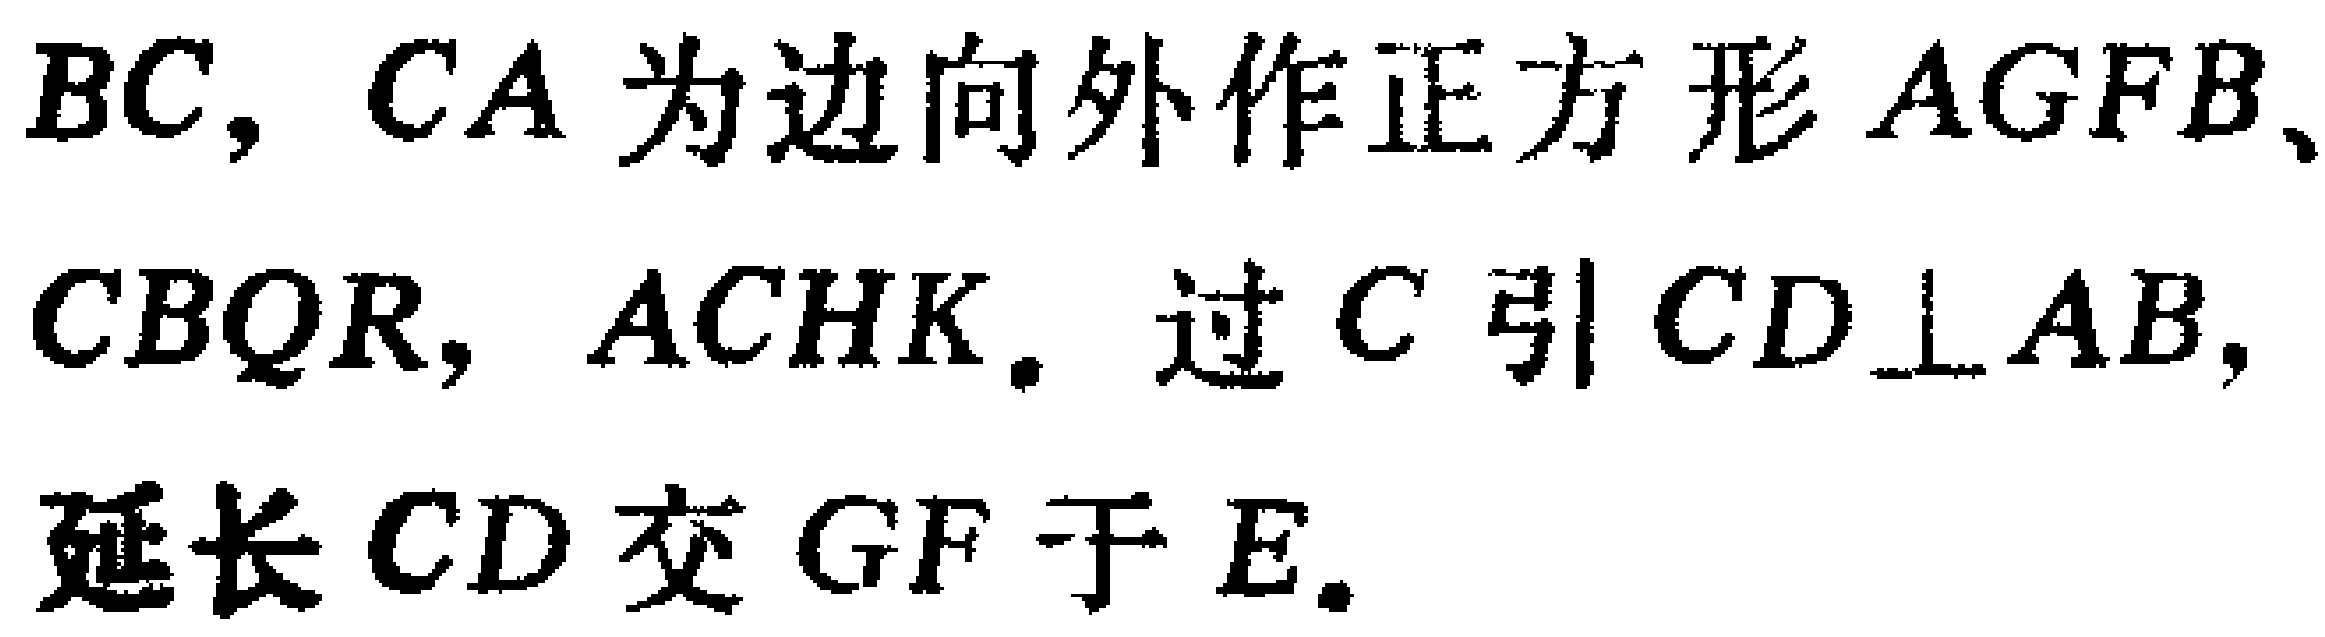
$BC,CA$为边向外作正方形$AGFB$、$CBQR,ACHK$. 过$C$引$CD\perp AB,$延长$CD$交$GF$于$E.$